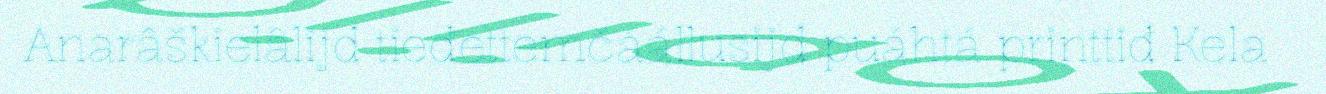
Anarâškielâlijd tieđettemčáállusijd puáhtá printtiđ Kela